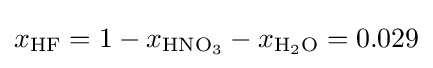
x_{\mathrm {HF} }=1-x_{\mathrm {HNO_{3}} }-x_{\mathrm {H_{2}O} }=0.029